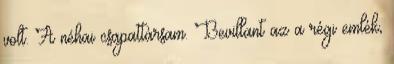
volt. A néhai csapattársam. Bevillant az a régi emlék,